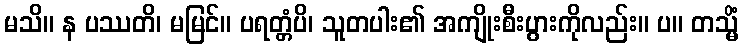
မသိ။ န ပဿတိ၊ မမြင်။ ပရတ္တံပိ၊ သူတပါး၏ အကျိုးစီးပွားကိုလည်း။ ပ။ တသ္မိံ